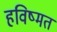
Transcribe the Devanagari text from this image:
हविष्मत